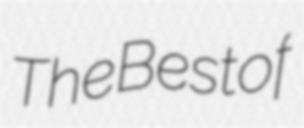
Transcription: The Best of